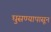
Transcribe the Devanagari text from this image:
घुसण्यापासून